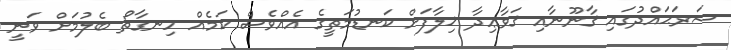
ސަރަޙައްދުގައި ޤާނޫނާއި ޤަވާޢިދާ ޚިލާފަށް ކަނޑުމަތީގެ އެއްވެސް ކަމެއް ހިނގާތޯ ބެލުމަށް ވަނީ